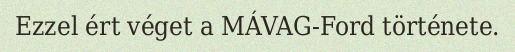
Ezzel ért véget a MÁVAG-Ford története.